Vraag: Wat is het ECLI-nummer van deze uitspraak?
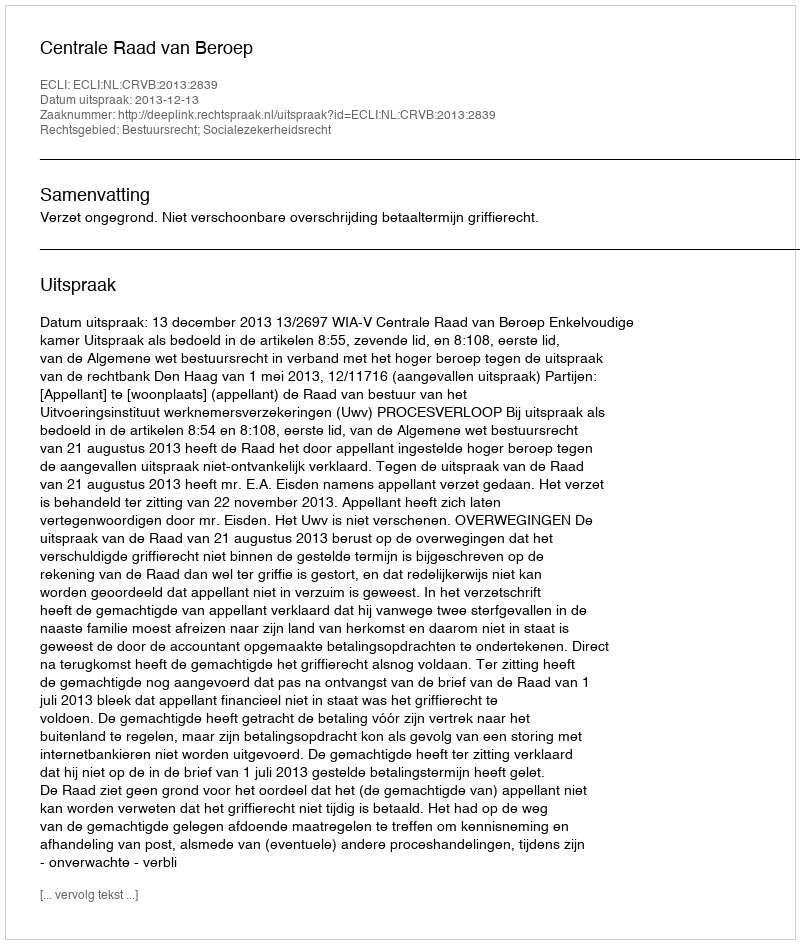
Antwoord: ECLI:NL:CRVB:2013:2839